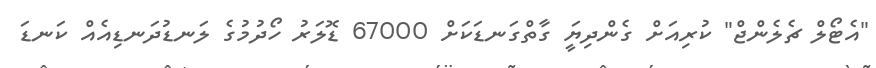
"އެޓޯލް ޗެލެންޖް" ކުރިއަށް ގެންދިޔަީ ގާތްގަނޑަކަށް 67000 ޑޮލަރު ހޯދުމުގެ ލަނޑުދަނޑިއެއް ކަނޑަ